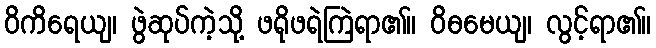
ဝိကိရေယျ၊ ဖွဲဆုပ်ကဲ့သို့ ဖရိုဖရဲကြဲရာ၏။ ဝိဓမေယျ၊ လွင့်ရာ၏။